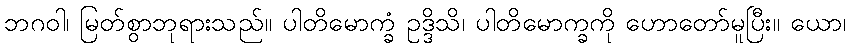
ဘဂဝါ၊ မြတ်စွာဘုရားသည်။ ပါတိမောက္ခံ ဥဒ္ဒိသိ၊ ပါတိမောက္ခကို ဟောတော်မူပြီး။ ယော၊